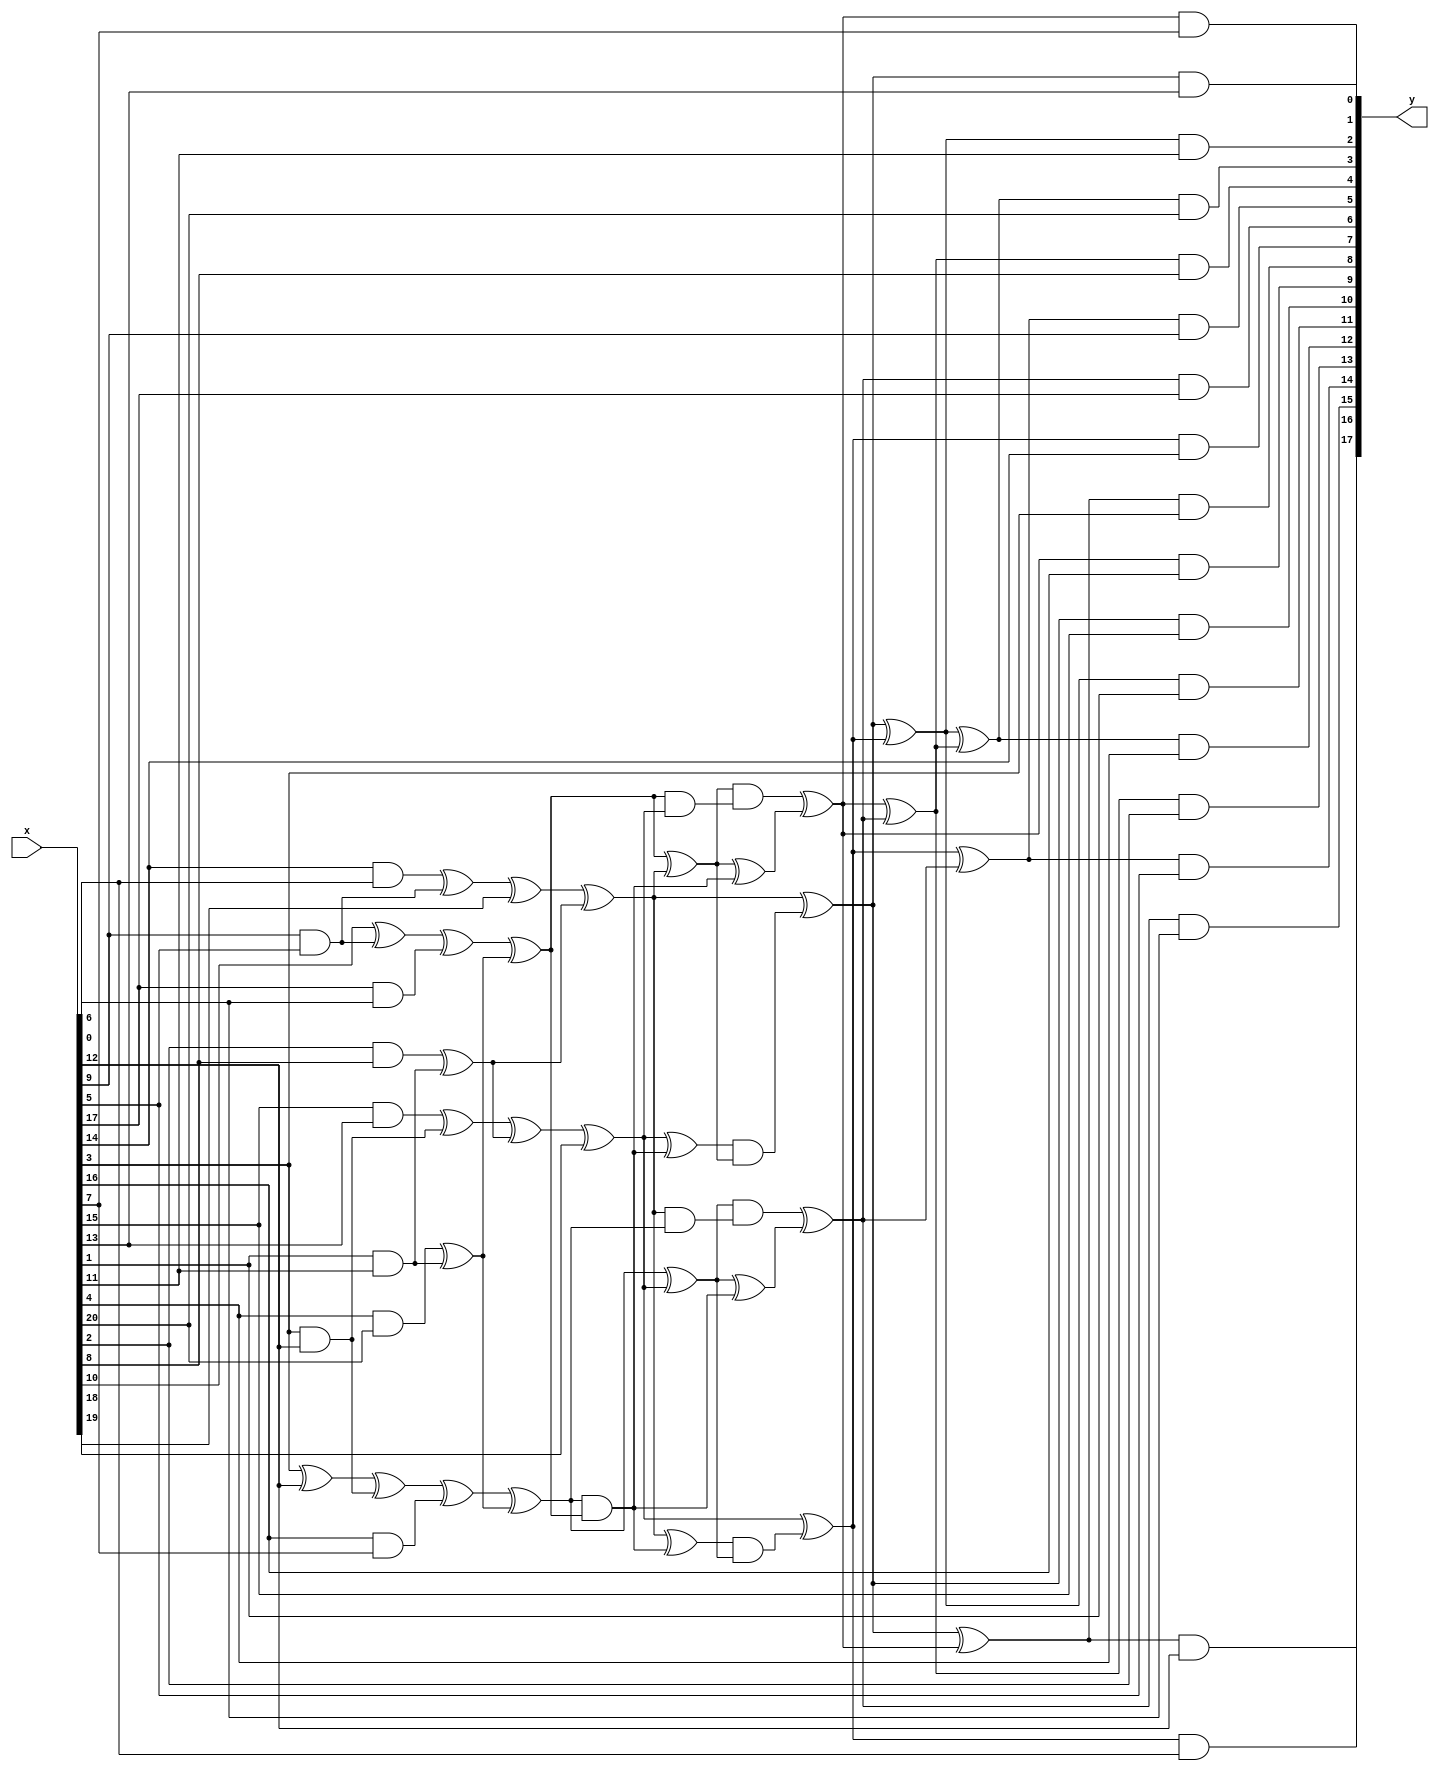
//	sboxes.v
//	2020-01-29	Markku-Juhani O. Saarinen <mjos@pqshield.com>
//	Copyright (c) 2020, PQShield Ltd. All rights reserved.

/*

	Non-hardened combinatorial logic for AES, inverse AES, and SM4 S-Boxes.

	Each S-Box has a nonlinear middle layer sandwitched between linear
	top and bottom layers. In this version the top ("inner") layer expands
	8 bits to 21 bits while the bottom layer compresses 18 bits back to 8.

	Overall structure and AES and AES^-1 slightly modified from [BoPe12].
	SM4 top and bottom layers by Markku-Juhani O. Saarinen, January 2020.

	The middle layer is common between all; the beneficiality of muxing it
	depends on target. Currently we are not doing it.

	How? Because all of these are "Nyberg S-boxes" [Ny93]; built from a
	multiplicative inverse in GF(256) and are therefore affine isomorphic.

	[BoPe12] Boyar J., Peralta R. "A Small Depth-16 Circuit for the AES
	S-Box." Proc.SEC 2012. IFIP AICT 376. Springer, pp. 287-298 (2012)
	DOI: https://doi.org/10.1007/978-3-642-30436-1_24
	Preprint: https://eprint.iacr.org/2011/332.pdf

	[Ny93] Nyberg K., "Differentially Uniform Mappings for Cryptography",
	Proc. EUROCRYPT '93, LNCS 765, Springer, pp. 55-64 (1993)
	DOI: https://doi.org/10.1007/3-540-48285-7_6

*/

//	The shared non-linear middle part for AES, AES^-1, and SM4.

module sbox_inv_mid( output [17:0] y, input [20:0] x );

	wire [45:0] t;

	assign	t[ 0] = x[ 3] ^	 x[12];
	assign	t[ 1] = x[ 9] &	 x[ 5];
	assign	t[ 2] = x[17] &	 x[ 6];
	assign	t[ 3] = x[10] ^	 t[ 1];
	assign	t[ 4] = x[14] &	 x[ 0];
	assign	t[ 5] = t[ 4] ^	 t[ 1];
	assign	t[ 6] = x[ 3] &	 x[12];
	assign	t[ 7] = x[16] &	 x[ 7];
	assign	t[ 8] = t[ 0] ^	 t[ 6];
	assign	t[ 9] = x[15] &	 x[13];
	assign	t[10] = t[ 9] ^	 t[ 6];
	assign	t[11] = x[ 1] &	 x[11];
	assign	t[12] = x[ 4] &	 x[20];
	assign	t[13] = t[12] ^	 t[11];
	assign	t[14] = x[ 2] &	 x[ 8];
	assign	t[15] = t[14] ^	 t[11];
	assign	t[16] = t[ 3] ^	 t[ 2];
	assign	t[17] = t[ 5] ^	 x[18];
	assign	t[18] = t[ 8] ^	 t[ 7];
	assign	t[19] = t[10] ^	 t[15];
	assign	t[20] = t[16] ^	 t[13];
	assign	t[21] = t[17] ^	 t[15];
	assign	t[22] = t[18] ^	 t[13];
	assign	t[23] = t[19] ^	 x[19];
	assign	t[24] = t[22] ^	 t[23];
	assign	t[25] = t[22] &	 t[20];
	assign	t[26] = t[21] ^	 t[25];
	assign	t[27] = t[20] ^	 t[21];
	assign	t[28] = t[23] ^	 t[25];
	assign	t[29] = t[28] &	 t[27];
	assign	t[30] = t[26] &	 t[24];
	assign	t[31] = t[20] &	 t[23];
	assign	t[32] = t[27] &	 t[31];
	assign	t[33] = t[27] ^	 t[25];
	assign	t[34] = t[21] &	 t[22];
	assign	t[35] = t[24] &	 t[34];
	assign	t[36] = t[24] ^	 t[25];
	assign	t[37] = t[21] ^	 t[29];
	assign	t[38] = t[32] ^	 t[33];
	assign	t[39] = t[23] ^	 t[30];
	assign	t[40] = t[35] ^	 t[36];
	assign	t[41] = t[38] ^	 t[40];
	assign	t[42] = t[37] ^	 t[39];
	assign	t[43] = t[37] ^	 t[38];
	assign	t[44] = t[39] ^	 t[40];
	assign	t[45] = t[42] ^	 t[41];
	assign	y[ 0] = t[38] &	 x[ 7];
	assign	y[ 1] = t[37] &	 x[13];
	assign	y[ 2] = t[42] &	 x[11];
	assign	y[ 3] = t[45] &	 x[20];
	assign	y[ 4] = t[41] &	 x[ 8];
	assign	y[ 5] = t[44] &	 x[ 9];
	assign	y[ 6] = t[40] &	 x[17];
	assign	y[ 7] = t[39] &	 x[14];
	assign	y[ 8] = t[43] &	 x[ 3];
	assign	y[ 9] = t[38] &	 x[16];
	assign	y[10] = t[37] &	 x[15];
	assign	y[11] = t[42] &	 x[ 1];
	assign	y[12] = t[45] &	 x[ 4];
	assign	y[13] = t[41] &	 x[ 2];
	assign	y[14] = t[44] &	 x[ 5];
	assign	y[15] = t[40] &	 x[ 6];
	assign	y[16] = t[39] &	 x[ 0];
	assign	y[17] = t[43] &	 x[12];

endmodule

//	=== AES (Forward) ===

`ifndef SAES32_NO_AES

//	top (inner) linear layer for AES

module sbox_aes_top( output [20:0] y, input [7:0] x);

	wire [5:0] t;

	assign	y[ 0] = x[ 0];
	assign	y[ 1] = x[ 7] ^	 x[ 4];
	assign	y[ 2] = x[ 7] ^	 x[ 2];
	assign	y[ 3] = x[ 7] ^	 x[ 1];
	assign	y[ 4] = x[ 4] ^	 x[ 2];
	assign	t[ 0] = x[ 3] ^	 x[ 1];
	assign	y[ 5] = y[ 1] ^	 t[ 0];
	assign	t[ 1] = x[ 6] ^	 x[ 5];
	assign	y[ 6] = x[ 0] ^	 y[ 5];
	assign	y[ 7] = x[ 0] ^	 t[ 1];
	assign	y[ 8] = y[ 5] ^	 t[ 1];
	assign	t[ 2] = x[ 6] ^	 x[ 2];
	assign	t[ 3] = x[ 5] ^	 x[ 2];
	assign	y[ 9] = y[ 3] ^	 y[ 4];
	assign	y[10] = y[ 5] ^	 t[ 2];
	assign	y[11] = t[ 0] ^	 t[ 2];
	assign	y[12] = t[ 0] ^	 t[ 3];
	assign	y[13] = y[ 7] ^	 y[12];
	assign	t[ 4] = x[ 4] ^	 x[ 0];
	assign	y[14] = t[ 1] ^	 t[ 4];
	assign	y[15] = y[ 1] ^	 y[14];
	assign	t[ 5] = x[ 1] ^	 x[ 0];
	assign	y[16] = t[ 1] ^	 t[ 5];
	assign	y[17] = y[ 2] ^	 y[16];
	assign	y[18] = y[ 2] ^	 y[ 8];
	assign	y[19] = y[15] ^	 y[13];
	assign	y[20] = y[ 1] ^	 t[ 3];

endmodule

//	bottom (outer) linear layer for AES

module sbox_aes_out( output [7:0] y, input [17:0] x);

	wire [29:0] t;

	assign	t[ 0] = x[11] ^	 x[12];
	assign	t[ 1] = x[ 0] ^	 x[ 6];
	assign	t[ 2] = x[14] ^	 x[16];
	assign	t[ 3] = x[15] ^	 x[ 5];
	assign	t[ 4] = x[ 4] ^	 x[ 8];
	assign	t[ 5] = x[17] ^	 x[11];
	assign	t[ 6] = x[12] ^	 t[ 5];
	assign	t[ 7] = x[14] ^	 t[ 3];
	assign	t[ 8] = x[ 1] ^	 x[ 9];
	assign	t[ 9] = x[ 2] ^	 x[ 3];
	assign	t[10] = x[ 3] ^	 t[ 4];
	assign	t[11] = x[10] ^	 t[ 2];
	assign	t[12] = x[16] ^	 x[ 1];
	assign	t[13] = x[ 0] ^	 t[ 0];
	assign	t[14] = x[ 2] ^	 x[11];
	assign	t[15] = x[ 5] ^	 t[ 1];
	assign	t[16] = x[ 6] ^	 t[ 0];
	assign	t[17] = x[ 7] ^	 t[ 1];
	assign	t[18] = x[ 8] ^	 t[ 8];
	assign	t[19] = x[13] ^	 t[ 4];
	assign	t[20] = t[ 0] ^	 t[ 1];
	assign	t[21] = t[ 1] ^	 t[ 7];
	assign	t[22] = t[ 3] ^	 t[12];
	assign	t[23] = t[18] ^	 t[ 2];
	assign	t[24] = t[15] ^	 t[ 9];
	assign	t[25] = t[ 6] ^	 t[10];
	assign	t[26] = t[ 7] ^	 t[ 9];
	assign	t[27] = t[ 8] ^	 t[10];
	assign	t[28] = t[11] ^	 t[14];
	assign	t[29] = t[11] ^	 t[17];
	assign	y[ 0] = t[ 6] ^~ t[23];
	assign	y[ 1] = t[13] ^~ t[27];
	assign	y[ 2] = t[25] ^	 t[29];
	assign	y[ 3] = t[20] ^	 t[22];
	assign	y[ 4] = t[ 6] ^	 t[21];
	assign	y[ 5] = t[19] ^~ t[28];
	assign	y[ 6] = t[16] ^~ t[26];
	assign	y[ 7] = t[ 6] ^	 t[24];

endmodule

//	AES s-box

module aes_sbox( output [7:0] fx, input [7:0] in );

	wire [20:0] t1;
	wire [17:0] t2;

	sbox_aes_top top ( t1, in );
	sbox_inv_mid mid ( t2, t1 );
	sbox_aes_out out ( fx, t2 );

endmodule

`endif


//	=== AES^-1 (Inverse) ===

`ifndef SAES32_NO_AESI

//	top (inner) linear layer for AES^-1

module sbox_aesi_top( output [20:0] y, input [7:0] x);

	wire [4:0] t;

	assign	y[17] = x[ 7] ^	 x[ 4];
	assign	y[16] = x[ 6] ^~ x[ 4];
	assign	y[ 2] = x[ 7] ^~ x[ 6];
	assign	y[ 1] = x[ 4] ^	 x[ 3];
	assign	y[18] = x[ 3] ^~ x[ 0];
	assign	t[ 0] = x[ 1] ^	 x[ 0];
	assign	y[ 6] = x[ 6] ^~ y[17];
	assign	y[14] = y[16] ^	 t[ 0];
	assign	y[ 7] = x[ 0] ^~ y[ 1];
	assign	y[ 8] = y[ 2] ^	 y[18];
	assign	y[ 9] = y[ 2] ^	 t[ 0];
	assign	y[ 3] = y[ 1] ^	 t[ 0];
	assign	y[19] = x[ 5] ^~ y[ 1];
	assign	t[ 1] = x[ 6] ^	 x[ 1];
	assign	y[13] = x[ 5] ^~ y[14];
	assign	y[15] = y[18] ^	 t[ 1];
	assign	y[ 4] = x[ 3] ^	 y[ 6];
	assign	t[ 2] = x[ 5] ^~ x[ 2];
	assign	t[ 3] = x[ 2] ^~ x[ 1];
	assign	t[ 4] = x[ 5] ^~ x[ 3];
	assign	y[ 5] = y[16] ^	 t[ 2];
	assign	y[12] = t[ 1] ^	 t[ 4];
	assign	y[20] = y[ 1] ^	 t[ 3];
	assign	y[11] = y[ 8] ^	 y[20];
	assign	y[10] = y[ 8] ^	 t[ 3];
	assign	y[ 0] = x[ 7] ^	 t[ 2];

endmodule

//	bottom (outer) linear layer for AES^-1

module sbox_aesi_out( output [7:0] y, input [17:0] x);

	wire [29:0] t;

	assign	t[ 0] = x[ 2] ^	 x[11];
	assign	t[ 1] = x[ 8] ^	 x[ 9];
	assign	t[ 2] = x[ 4] ^	 x[12];
	assign	t[ 3] = x[15] ^	 x[ 0];
	assign	t[ 4] = x[16] ^	 x[ 6];
	assign	t[ 5] = x[14] ^	 x[ 1];
	assign	t[ 6] = x[17] ^	 x[10];
	assign	t[ 7] = t[ 0] ^	 t[ 1];
	assign	t[ 8] = x[ 0] ^	 x[ 3];
	assign	t[ 9] = x[ 5] ^	 x[13];
	assign	t[10] = x[ 7] ^	 t[ 4];
	assign	t[11] = t[ 0] ^	 t[ 3];
	assign	t[12] = x[14] ^	 x[16];
	assign	t[13] = x[17] ^	 x[ 1];
	assign	t[14] = x[17] ^	 x[12];
	assign	t[15] = x[ 4] ^	 x[ 9];
	assign	t[16] = x[ 7] ^	 x[11];
	assign	t[17] = x[ 8] ^	 t[ 2];
	assign	t[18] = x[13] ^	 t[ 5];
	assign	t[19] = t[ 2] ^	 t[ 3];
	assign	t[20] = t[ 4] ^	 t[ 6];
	assign	t[22] = t[ 2] ^	 t[ 7];
	assign	t[23] = t[ 7] ^	 t[ 8];
	assign	t[24] = t[ 5] ^	 t[ 7];
	assign	t[25] = t[ 6] ^	 t[10];
	assign	t[26] = t[ 9] ^	 t[11];
	assign	t[27] = t[10] ^	 t[18];
	assign	t[28] = t[11] ^	 t[25];
	assign	t[29] = t[15] ^	 t[20];
	assign	y[ 0] = t[ 9] ^	 t[16];
	assign	y[ 1] = t[14] ^	 t[23];
	assign	y[ 2] = t[19] ^	 t[24];
	assign	y[ 3] = t[23] ^	 t[27];
	assign	y[ 4] = t[12] ^	 t[22];
	assign	y[ 5] = t[17] ^	 t[28];
	assign	y[ 6] = t[26] ^	 t[29];
	assign	y[ 7] = t[13] ^	 t[22];

endmodule

//	AES inverse S-box

module aesi_sbox( output [7:0] fx, input [7:0] in );

	wire [20:0] t1;
	wire [17:0] t2;

	sbox_aesi_top top ( t1, in );
	sbox_inv_mid mid ( t2, t1 );
	sbox_aesi_out out ( fx, t2 );

endmodule

`endif

//	=== SM4 ===

`ifndef SAES32_NO_SM4

//	top (inner) linear layer for SM4


module sbox_sm4_top( output [20:0] y, input [7:0] x);

	wire [6:0] t;

	assign	y[18] = x[ 2] ^	 x[ 6];
	assign	t[ 0] = x[ 3] ^	 x[ 4];
	assign	t[ 1] = x[ 2] ^	 x[ 7];
	assign	t[ 2] = x[ 7] ^	 y[18];
	assign	t[ 3] = x[ 1] ^	 t[ 1];
	assign	t[ 4] = x[ 6] ^	 x[ 7];
	assign	t[ 5] = x[ 0] ^	 y[18];
	assign	t[ 6] = x[ 3] ^	 x[ 6];
	assign	y[10] = x[ 1] ^	 y[18];
	assign	y[ 0] = x[ 5] ^~ y[10];
	assign	y[ 1] = t[ 0] ^	 t[ 3];
	assign	y[ 2] = x[ 0] ^	 t[ 0];
	assign	y[ 4] = x[ 0] ^	 t[ 3];
	assign	y[ 3] = x[ 3] ^	 y[ 4];
	assign	y[ 5] = x[ 5] ^	 t[ 5];
	assign	y[ 6] = x[ 0] ^~ x[ 1];
	assign	y[ 7] = t[ 0] ^~ y[10];
	assign	y[ 8] = t[ 0] ^	 t[ 5];
	assign	y[ 9] = x[ 3];
	assign	y[11] = t[ 0] ^	 t[ 4];
	assign	y[12] = x[ 5] ^	 t[ 4];
	assign	y[13] = x[ 5] ^~ y[ 1];
	assign	y[14] = x[ 4] ^~ t[ 2];
	assign	y[15] = x[ 1] ^~ t[ 6];
	assign	y[16] = x[ 0] ^~ t[ 2];
	assign	y[17] = t[ 0] ^~ t[ 2];
	assign	y[19] = x[ 5] ^~ y[14];
	assign	y[20] = x[ 0] ^	 t[ 1];

endmodule

//	bottom (outer) linear layer for SM4

module sbox_sm4_out( output [7:0] y, input [17:0] x);

	wire [29:0] t;

	assign	t[ 0] = x[ 4] ^	 x[ 7];
	assign	t[ 1] = x[13] ^	 x[15];
	assign	t[ 2] = x[ 2] ^	 x[16];
	assign	t[ 3] = x[ 6] ^	 t[ 0];
	assign	t[ 4] = x[12] ^	 t[ 1];
	assign	t[ 5] = x[ 9] ^	 x[10];
	assign	t[ 6] = x[11] ^	 t[ 2];
	assign	t[ 7] = x[ 1] ^	 t[ 4];
	assign	t[ 8] = x[ 0] ^	 x[17];
	assign	t[ 9] = x[ 3] ^	 x[17];
	assign	t[10] = x[ 8] ^	 t[ 3];
	assign	t[11] = t[ 2] ^	 t[ 5];
	assign	t[12] = x[14] ^	 t[ 6];
	assign	t[13] = t[ 7] ^	 t[ 9];
	assign	t[14] = x[ 0] ^	 x[ 6];
	assign	t[15] = x[ 7] ^	 x[16];
	assign	t[16] = x[ 5] ^	 x[13];
	assign	t[17] = x[ 3] ^	 x[15];
	assign	t[18] = x[10] ^	 x[12];
	assign	t[19] = x[ 9] ^	 t[ 1];
	assign	t[20] = x[ 4] ^	 t[ 4];
	assign	t[21] = x[14] ^	 t[ 3];
	assign	t[22] = x[16] ^	 t[ 5];
	assign	t[23] = t[ 7] ^	 t[14];
	assign	t[24] = t[ 8] ^	 t[11];
	assign	t[25] = t[ 0] ^	 t[12];
	assign	t[26] = t[17] ^	 t[ 3];
	assign	t[27] = t[18] ^	 t[10];
	assign	t[28] = t[19] ^	 t[ 6];
	assign	t[29] = t[ 8] ^	 t[10];
	assign	y[ 0] = t[11] ^~ t[13];
	assign	y[ 1] = t[15] ^~ t[23];
	assign	y[ 2] = t[20] ^	 t[24];
	assign	y[ 3] = t[16] ^	 t[25];
	assign	y[ 4] = t[26] ^~ t[22];
	assign	y[ 5] = t[21] ^	 t[13];
	assign	y[ 6] = t[27] ^~ t[12];
	assign	y[ 7] = t[28] ^~ t[29];

endmodule

//	SM4 S-box (there is no need for inverse)

module sm4_sbox( output [7:0] fx, input [7:0] in );

	wire [20:0] t1;
	wire [17:0] t2;

	sbox_sm4_top top ( t1, in );
	sbox_inv_mid mid ( t2, t1 );
	sbox_sm4_out out ( fx, t2 );

endmodule

`endif